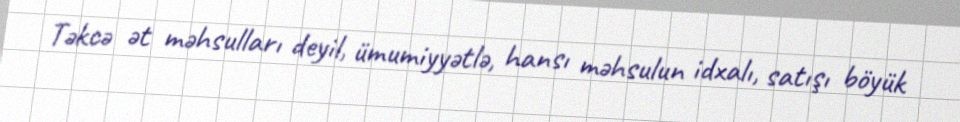
Təkcə ət məhsulları deyil, ümumiyyətlə, hansı məhsulun idxalı, satışı böyük